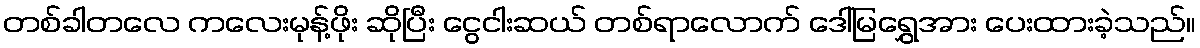
တစ်ခါတလေ ကလေးမုန့်ဖိုး ဆိုပြီး ငွေငါးဆယ် တစ်ရာလောက် ဒေါ်မြရွှေအား ပေးထားခဲ့သည်။